Annual report of the Madras Medical College
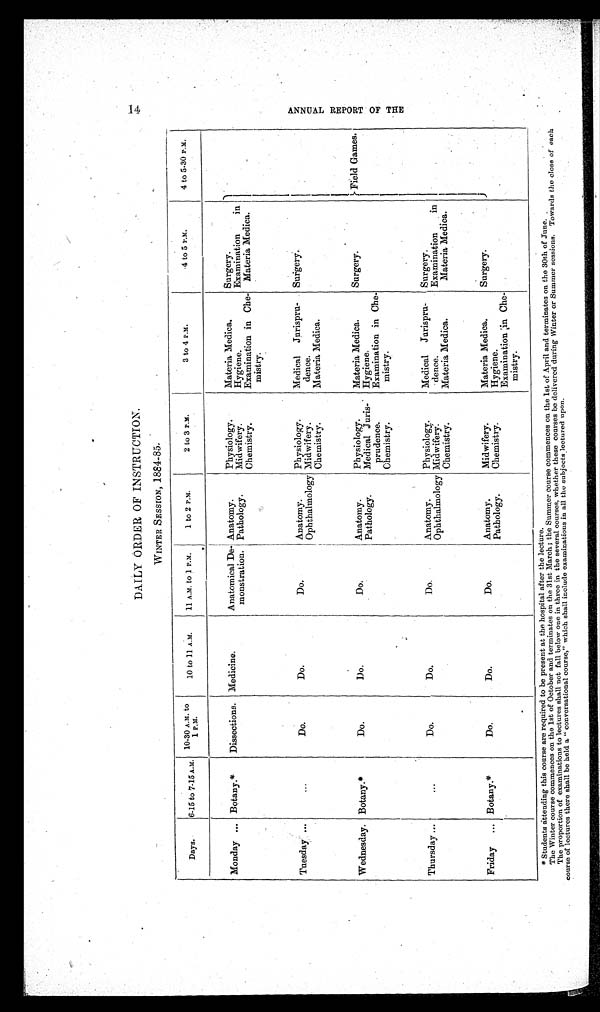
DAILY ORDER OF INSTRUCTION.
WINTER SESSION, 1884-85.
Days.
6-15 to 7-15 A.M.
10.30 A.M. to
1 P.M.
10 to 11 A.M.
11 A.M. to 1 P.M.
1 to 2 P.M.
2 to 3 P.M.
3 to 4 P.M.
4 to 5 P.M.
4 to 5.30 P.M.
Monday ... Botany.*
Dissections. Medicine.
Anatomical De -
monstration.
Anatomy.
Physiology.
Materia Medica.
Surgery.
Field Games.
Pathology.
Midwifery.
Hygiene.
Examination in
Material Medica.
Chemistry.
Examination in Che
- mistry.
Tuesday ...
...
Do.
Do.
Do.
Anatomy.
Physiology.
Medical Jurispru
-
dence.
S u r g e r y .
Ophthalmology Midwifery.
Chemistry.
Materia Medica.
Wednesday. Botany.*
Do.
Do.
Do.
Anatomy.
Physiology. Materia Medica.
Surgery.
Pathology.
Medical Juris
-
prudence.
Hygiene.
Examination in Che
-
mistry.
Chemistry.
Thursday
. . . ...
Do.
Do.
Do.
Anatomy.
Physiology.
Medical Jurispru
-
dence.
Surgery.
Ophthalmology Midwifery.
Examination in
Material Medica.
Chemistry.
Materia Medica.
Friday
. . .
Botany.*
Do.
Do.
Do.
Anatomy.
Midwifery.
Materia Medica.
Surgery.
Pathology.
Chemistry.
Hygiene.
Examination in Che
-
mistry.
* Students attending this course are required to be present at the hospital after the lecture.
The Winter course commences on the 1st of October and terminates on the 31st March; the Summer course commences on the 1st of April and terminates on the 30th of June.
The proportion of examinations to lectures shall not fall below one in three in the several courses, whether these courses be delivered during Winter or Summer sessions. Towards the close of each
course of lectures there shall be held a "conversational course," which shall include examinations in all the subjects lectured upon.
•
ANNUAL RE P ORT OF T HE